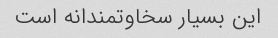
این بسیار سخاوتمندانه است